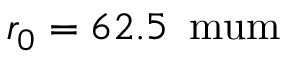
r _ { 0 } = 6 2 . 5 \, \mathrm { \ m u m }